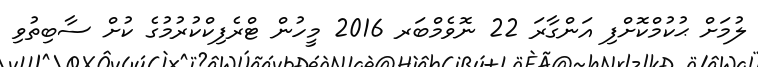
ލުމަށް ޙުކުމްކޮށްފި އަންގާރަ 22 ނޮވެމްބަރ 2016 މީހުން ޓްރެފިކްކުރުމުގެ ކުށް ސާބިތުވި